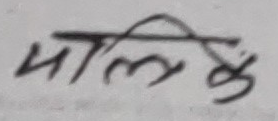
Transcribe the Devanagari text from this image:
मालिकी